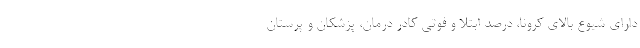
دارای شیوع بالای کرونا، درصد ابتلا و فوتی کادر درمان، پزشکان و پرستان